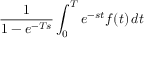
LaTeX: { \frac { 1 } { 1 - e ^ { - T s } } } \int _ { 0 } ^ { T } e ^ { - s t } f ( t ) \, d t